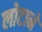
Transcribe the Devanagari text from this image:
लोटाने